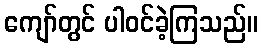
ကျော်တွင် ပါဝင်ခဲ့ကြသည်။